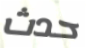
حدث